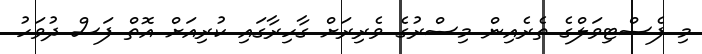
މި ފެސްޓިވަލްގެ ތެރެއިން މިސްރުގެ ވެރިރަށް ގާހިރާގައި ކުރިއަށް އޮތް ފަސް ދުވަހު